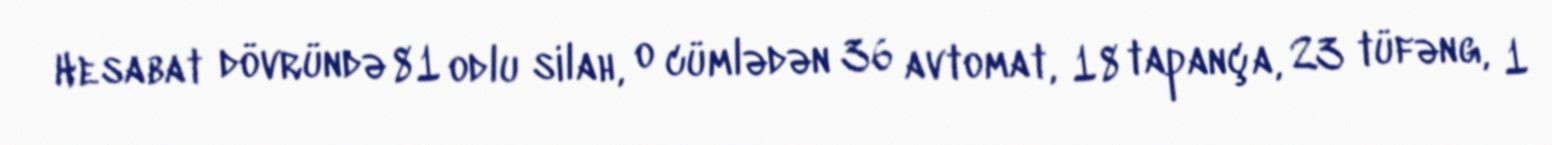
Hesabat dövründə 81 odlu silah, o cümlədən 36 avtomat, 18 tapança, 23 tüfəng, 1